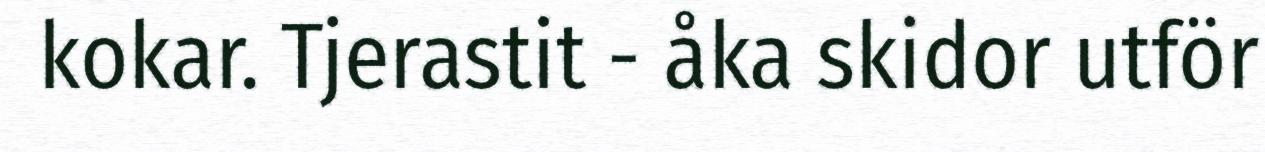
kokar. Tjerastit - åka skidor utför